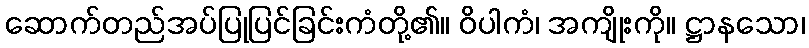
ဆောက်တည်အပ်ပြုပြင်ခြင်းကံတို့၏။ ဝိပါကံ၊ အကျိုးကို။ ဋ္ဌာနသော၊